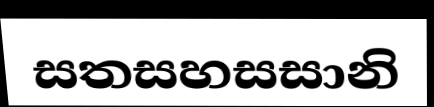
සතසහසසානි